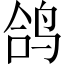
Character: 鸽